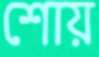
শোয়